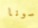
سونا